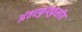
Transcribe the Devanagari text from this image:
अंतरफुफ्फुसीय